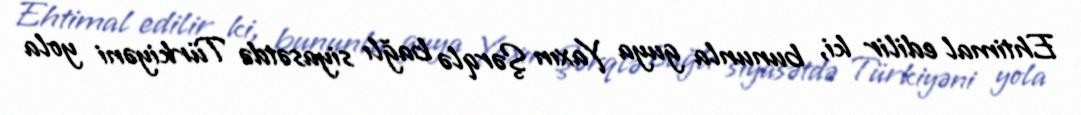
Ehtimal edilir ki, bununla guya Yaxın Şərqlə bağlı siyasətdə Türkiyəni yola